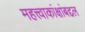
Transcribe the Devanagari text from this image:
महत्त्वाकांक्षांबद्दल